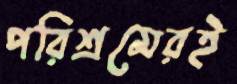
পরিশ্রমেরই